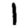
Digit: 1